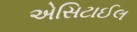
એસિટાઈલ